Indian journal of veterinary science and animal husbandry - Volumes 22-23, 1952-1953
Year: 1952
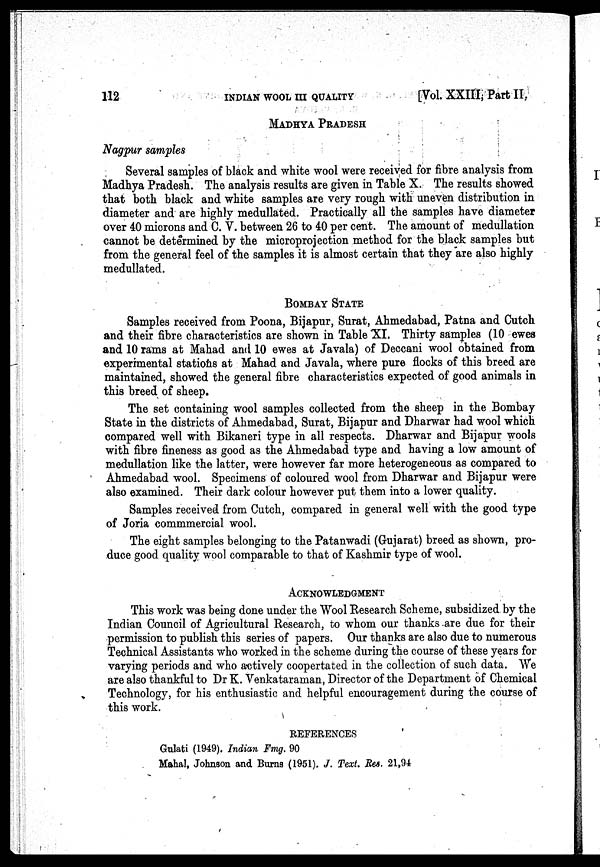
112
INDIAN WOOL III QUALITY
[Vol. XXIII, Part II,
MADHYA PRADESH
Nagpur samples
Several samples of black and white wool were received for fibre analysis from
Madhya Pradesh. The analysis results are given in Table X. The results showed
that both black and white samples are very rough with uneven distribution in
diameter and are highly medullated. Practically all the samples have diameter
over 40 microns and C. V. between 26 to 40 per cent. The amount of medullation
cannot be determined by the microprojection method for the black samples but
from the general feel of the samples it is almost certain that they are also highly
medullated.
BOMBAY STATE
Samples received from Poona, Bijapur, Surat, Ahmedabad, Patna and Cutch
and their fibre characteristics are shown in Table XI. Thirty samples (10 ewes
and 10 rams at Mahad and 10 ewes at Javala) of Deccani wool obtained from
experimental stations at Mahad and Javala, where pure flocks of this breed are
maintained, showed the general fibre characteristics expected of good animals in
this breed of sheep.
The set containing wool samples collected from the sheep in the Bombay
State in the districts of Ahmedabad, Surat, Bijapur and Dharwar had wool which
compared well with Bikaneri type in all respects. Dharwar and Bijapur wools
with fibre fineness as good as the Ahmedabad type and having a low amount of
medullation like the latter, were however far more heterogeneous as compared to
Ahmedabad wool. Specimens of coloured wool from Dharwar and Bijapur were
also examined. Their dark colour however put them into a lower quality.
Samples received from Cutch, compared in general well with the good type
of Joria commmercial wool.
The eight samples belonging to the Patanwadi (Gujarat) breed as shown, pro-
duce good quality wool comparable to that of Kashmir type of wool.
ACKNOWLEDGMENT
This work was being done under the Wool Research Scheme, subsidized by the
Indian Council of Agricultural Research, to whom our thanks are due for their
permission to publish this series of papers. Our thanks are also due to numerous
Technical Assistants who worked in the scheme during the course of these years for
varying periods and who actively coopertated in the collection of such data. We
are also thankful to Dr K. Venkataraman, Director of the Department of Chemical
Technology, for his enthusiastic and helpful encouragement during the course of
this work.
REFERENCES
Gulati (1949). Indian Fmg. 90
Mahal, Johnson and Burns (1951). J. Text. Res. 21,94